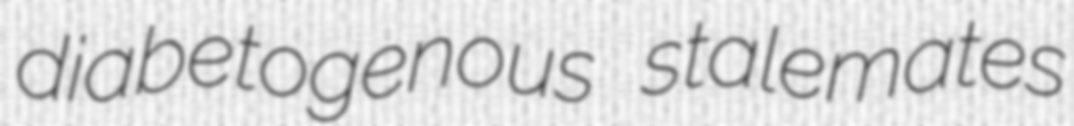
diabetogenous stalemates